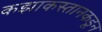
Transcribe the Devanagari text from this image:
कझाकस्तानकडून